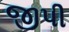
જીપી